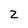
Character: Z